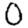
Digit: 0